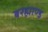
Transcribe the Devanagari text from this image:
बरह्माण्ड